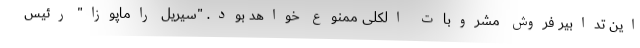
این تدابیر فروش مشروبات الکلی ممنوع خواهد بود. "سیریل راماپوزا" رئیس